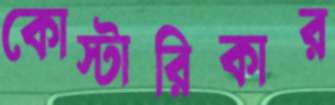
কোস্টারিকার